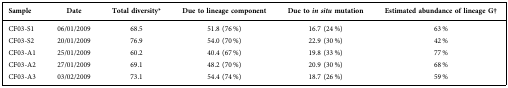
<table><thead><tr><td><b>Sample</b></td><td><b>Date</b></td><td><b>Total diversity*</b></td><td><b>Due to lineage component</b></td><td><b>Due to <i>in situ</i> mutation</b></td><td><b>Estimated abundance of lineage G†</b></td></tr></thead><tbody><tr><td>CF03-S1</td><td>06/01/2009</td><td>68.5</td><td>51.8 (76 %)</td><td>16.7 (24 %)</td><td>63 %</td></tr><tr><td>CF03-S2</td><td>20/01/2009</td><td>76.9</td><td>54.0 (70 %)</td><td>22.9 (30 %)</td><td>42 %</td></tr><tr><td>CF03-A1</td><td>25/01/2009</td><td>60.2</td><td>40.4 (67 %)</td><td>19.8 (33 %)</td><td>77 %</td></tr><tr><td>CF03-A2</td><td>27/01/2009</td><td>69.1</td><td>48.2 (70 %)</td><td>20.9 (30 %)</td><td>68 %</td></tr><tr><td>CF03-A3</td><td>03/02/2009</td><td>73.1</td><td>54.4 (74 %)</td><td>18.7 (26 %)</td><td>59 %</td></tr></tbody></table>